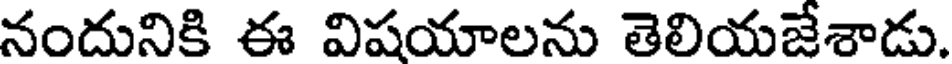
నందునికి ఈ విషయాలను తెలియజేశాడు.